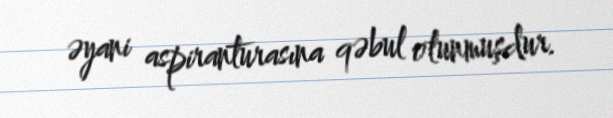
əyani aspiranturasına qəbul olunmuşdur.